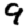
Digit: 9